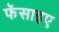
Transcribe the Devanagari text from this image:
फॅसाइए